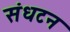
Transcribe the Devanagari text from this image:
संधटन